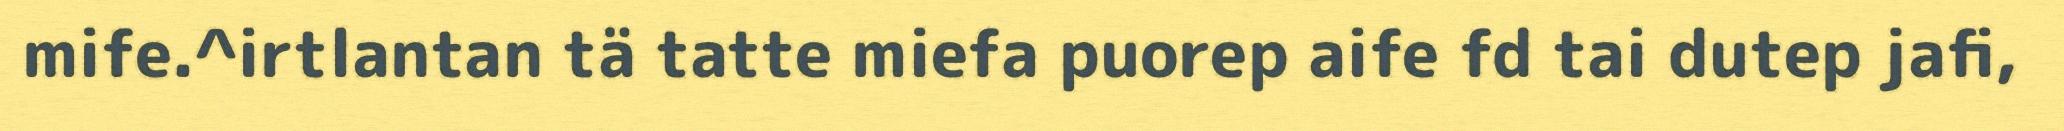
mife.^irtlantan tä tatte miefa puorep aife fd tai dutep jafi,